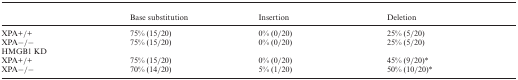
<table><thead><tr><td></td><td><b>Base substitution</b></td><td><b>Insertion</b></td><td><b>Deletion</b></td></tr></thead><tbody><tr><td>XPA+/+</td><td>75% (15/20)</td><td>0% (0/20)</td><td>25% (5/20)</td></tr><tr><td>XPA−/−</td><td>75% (15/20)</td><td>0% (0/20)</td><td>25% (5/20)</td></tr><tr><td colspan="4">HMGB1 KD</td></tr><tr><td>XPA+/+</td><td>75% (15/20)</td><td>0% (0/20)</td><td>45% (9/20)*</td></tr><tr><td>XPA−/−</td><td>70% (14/20)</td><td>5% (1/20)</td><td>50% (10/20)*</td></tr></tbody></table>